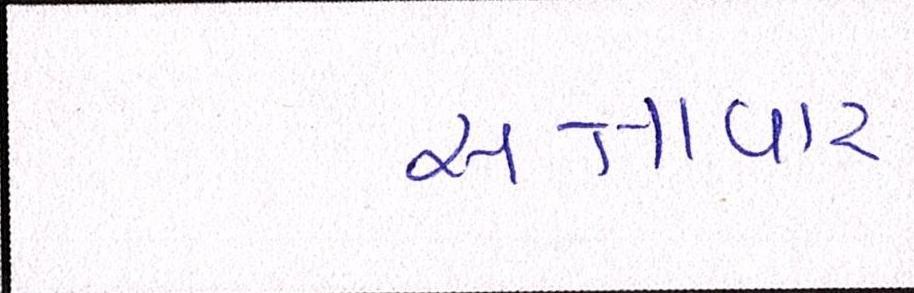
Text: સત્તાવાર